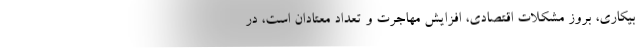
بیکاری، بروز مشکلات اقتصادی، افزایش مهاجرت و تعداد معتادان است، در